King Institute of Preventive Medicine Micro-Biological Section reports 1912-19
Year: 1912
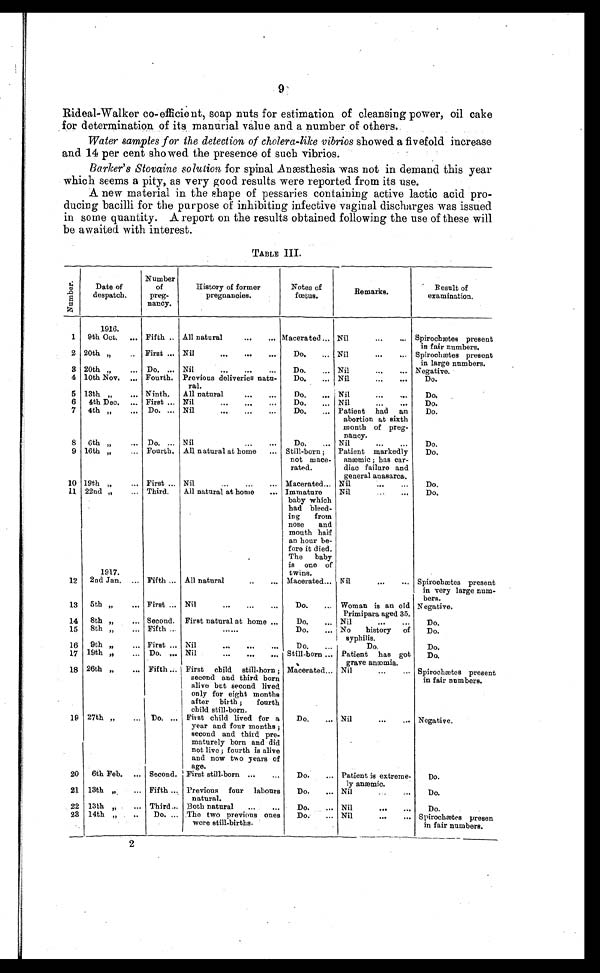
9
Rideal-Walker co-efficient, soap nuts for estimation of cleansing power, oil cake
for determination of its manurial value and a number of others.
Water samples for the detection of cholera-like vibrios showed a fivefold increase
and 14 per cent showed the presence of such vibrios.
Barker's Stovaine solution for spinal Anæsthesia was not in demand this year
which seems a pity, as very good results were reported from its use.
A new material in the shape of pessaries containing active lactic acid pro--
ducing bacilli for the purpose of inhibiting infective vaginal discharges was issued
in some quantity. A report on the results obtained following the use of these will
be awaited with interest.
TABLE III.
N u m b e r .
Date of
despatch.
Number
of
preg-
nancy.
History of former
pregnancies.
Notes of
fœtus.
Remarks.
Result of
examination.
1916.
1
9th Oct. . . .
Fifth . . . All natural . . .
Macerated . . .
Nil . . .
Spirochætes present
in fair numbers.
2
20th ,,. . .
First . . .
Nil . . .
Do. . . .
Nil . . .
Spirochætes present
in large numbers.
3 20th ,, . . .
Do. . . .
Nil . . .
Do. . . .
Nil . . .
Negative.
4 10th Nov. . . .
Fourth.
Previous deliveries natu-
ral.
Do. . . .
Nil . . .
Do.
5
13th ,, . . .
Ninth.
All natural . . .
Do. . . .
Nil . . .
Do.
6
4th Dec. . . .
First . . .
Nil . . .
Do. . . .
Nil . . .
Do.
7
4th ,, . . .
Do. . . .
Nil . . .
Do. . . . Patient had an
abortion at sixth
month of preg
-
nancy.
Do.
8
6th ,, . . .
Do. . . .
Nil . . .
Do. . . . Nil . . .
Do.
9
16th ,, . . .
Fourth.
All natural at home . . .
Still-born ;
not mace-
rated.
Patient markedly
anæmic ; has car
-
diac failure and
general anasarca.
Do.
10 19th ,, . . .
First . . .
Nil . . .
Macerated . . . Nil
Do.
11 22nd ,, . . .
1917.
Third.
All natural at home . . .
Immature
baby which
had bleed -
ing from
nose and
mouth half
an hour be -
fore it died.
The baby
is one of
twins.
Nil . . .
Do.
12
2nd Jan. . . .
Fifth . . .
All natural . . . Macerated . . . Nil . . .
Spirochætes present
in very large num
-
bers.
13
5th ,,. . .
First . . .
Nil . . .
Do. . . . Woman is an old
Primipara aged 35.
Negative.
14
8th ,, . . .
Second.
First natural at home . . .
Do. . . . Nil . . .
Do.
15
8th ,,. . .
Fifth . . .
. . .
Do. . . . No history of
syphilis.
Do.
16
9th ,,. . .
First . . .
Nil . . .
Do. . . .
D o .
Do.
17
19th ,,. . .
Do. . . . Nil . . .
Still-born
. . . Patient has got
grave anæmia.
Do.
18
26th ,,. . .
Fifth . . . First child still-born;
second and third born
alive but second lived
only for eight months
after birth; fourth
child still-born.
Macerated . . . Nil . . .
Spirochætes present
in fair numbers.
19
27th ,, . . .
Do. . . . First child lived for a
year and four months;
second and third pre -
maturely born and did
not live; fourth is alive
and now two years of
age.
Do. . . . Nil . . .
Negative.
20
6th Feb. . . .
Second.
First still-born . . .
Do. . . .
Patient is extreme-
ly anæmic.
Do.
21.
13th ,,. . .
Fifth . . . Previous four labours
natural.
Do. . . .
Nil . . .
Do.
22
13th ,, . . .
Third . . . Both natural . . .
Do. . . .
Nil . . .
Do.
23
14th ,, . . .
Do. . . . The two previous ones
were still-births.
Do. . . .
Nil . . .
Spirochætes presen
in fair numbers.
2